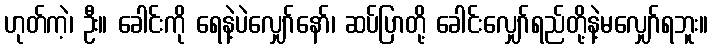
ဟုတ်ကဲ့၊ ဦး။ ခေါင်းကို ရေနဲ့ပဲလျှော်နော်၊ ဆပ်ပြာတို့ ခေါင်းလျှော်ရည်တို့နဲ့မလျှော်ရဘူး။